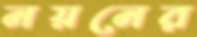
নয়নের